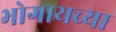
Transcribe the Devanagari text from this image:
भोगायच्या